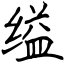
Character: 缢